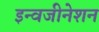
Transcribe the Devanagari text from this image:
इन्वजीनेशन